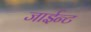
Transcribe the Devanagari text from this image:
जाईन्ट